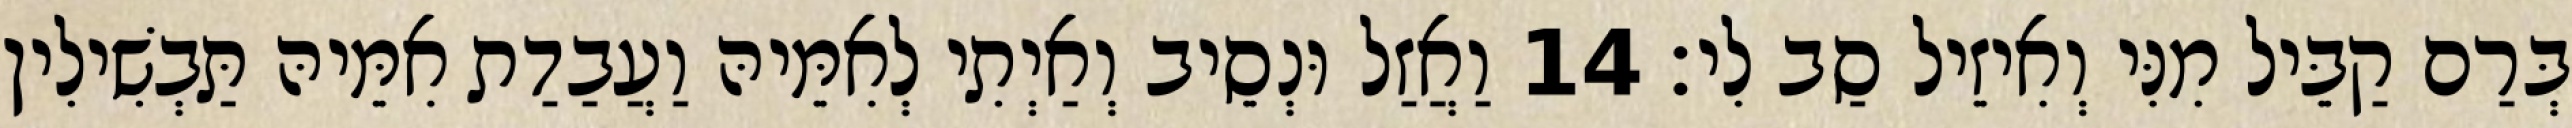
בְּרַם קַבֵּיל מִנִּי וְאִיזֵיל סַב לִי׃ 14 וַאֲזַל וּנְסֵיב וְאַיְתִי לְאִמֵּיהּ וַעֲבַדַת אִמֵּיהּ תַּבְשִׁילִין